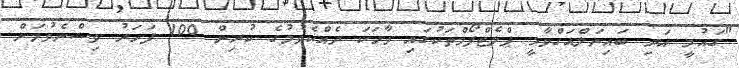
"ގައުމީ އަދި ބައިނަލްއަގްވާމީ ޕްލެޓްފޯމްތަކުގައި ވާހަކަ ދެއްކެވުމުގެ ކުރިން 100 ފަހަރު ވިސްނެވުމަށް